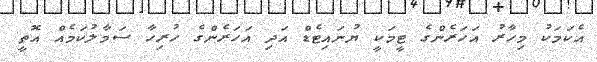
އެކަމަކު މިހާރު އަހަރެންގެ ޓީމަކީ ޔުނައިޓެޑް އަދި އަހަރެންގެ ހުރިހާ ސަމާލުކަމެއް އޮތީ